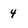
Character: 4